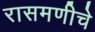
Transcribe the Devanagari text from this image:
रासमणीचे